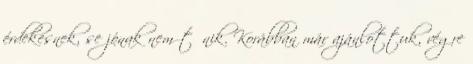
érdekesnek, se jónak nem tűnik. Korábban már ajánlottuk, végre